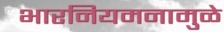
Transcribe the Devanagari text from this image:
भारनियमनामुळे